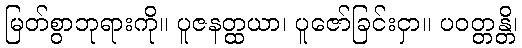
မြတ်စွာဘုရားကို။ ပူဇနတ္ထယာ၊ ပူဇော်ခြင်းငှာ။ ပဝတ္တန္တိ၊